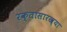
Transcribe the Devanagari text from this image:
रक्तासारख्या